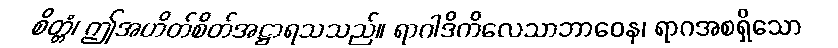
စိတ္တံ၊ ဤအဟိတ်စိတ်အဋ္ဌာရသသည်။ ရာဂါဒိကိလေသာဘာဝေန၊ ရာဂအစရှိသော